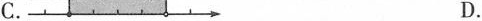
C. D.